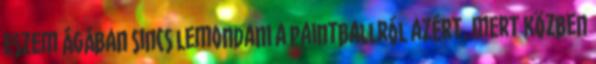
eszem ágában sincs lemondani a paintballról azért, mert közben